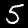
Digit: 5